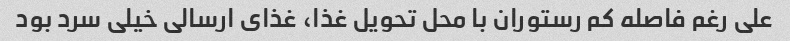
علی رغم فاصله کم رستوران با محل تحویل غذا، غذای ارسالی خیلی سرد بود